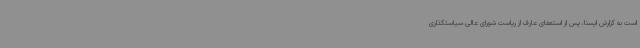
است به گزارش ایسنا، پس از استعفای عارف از ریاست شورای عالی سیاستگذاری